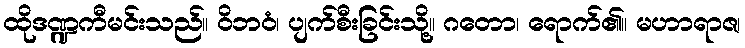
ထိုဒဏ္ဍကီမင်းသည်။ ဝိဘဝံ၊ ပျက်စီးခြင်းသို့။ ဂတော၊ ရောက်၏။ မဟာရာဇ၊